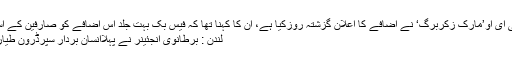
فیس بک کے سی ای او’مارک زکربرگ‘ نے اضافے کا اعلان گزشتہ روزکیا ہے، ان کا کہنا تھا کہ فیس بک بہت جلد اس اضافے کو صارفین کے استعمال کے […]
لندن : برطانوی انجئینر نے پہلاانسان بردار سپرڈرون طیارہ تیار کرلیا ہے۔